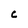
Character: C